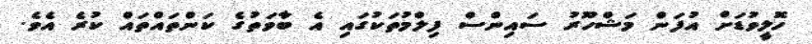
ހޮލީވުޑަށް އުފަން މަޝްހޫރު ސައިންސް ފިލްމުތަކުގައި އެ ބާވަތުގެ ކަންތައްތައް ކުރެ އެވެ.